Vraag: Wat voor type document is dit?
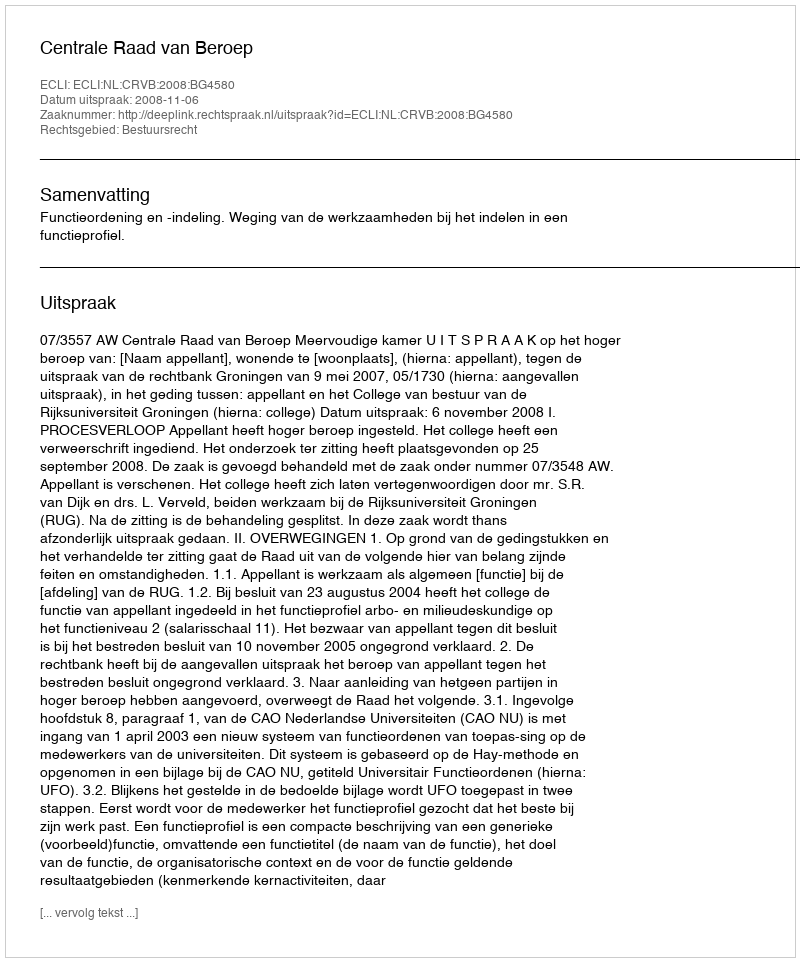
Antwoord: Uitspraak